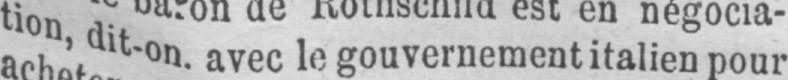
tion, dit-on. avec le gouvernement italien pour